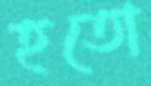
হতো